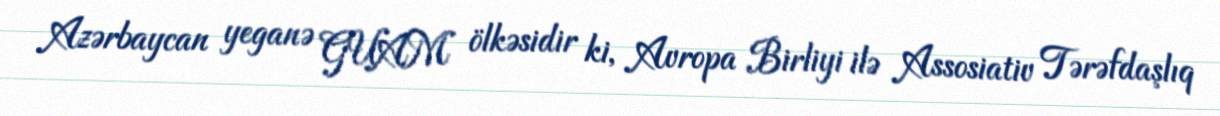
Azərbaycan yeganə GUAM ölkəsidir ki, Avropa Birliyi ilə Assosiativ Tərəfdaşlıq